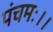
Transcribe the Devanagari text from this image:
पंचमः।।